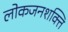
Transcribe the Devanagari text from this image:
लोकजनशक्ति